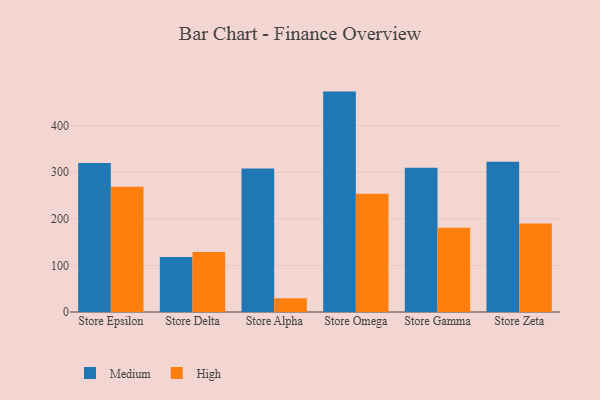
{"axis": {"x": "Store", "y": "Energy Usage (MWh)"}, "legend": ["High", "Medium"], "data": [{"x": "Store Epsilon", "y": 319.6, "type": "Medium"}, {"x": "Store Epsilon", "y": 268.8, "type": "High"}, {"x": "Store Delta", "y": 118.2, "type": "Medium"}, {"x": "Store Delta", "y": 128.8, "type": "High"}, {"x": "Store Alpha", "y": 307.7, "type": "Medium"}, {"x": "Store Alpha", "y": 29.4, "type": "High"}, {"x": "Store Omega", "y": 472.8, "type": "Medium"}, {"x": "Store Omega", "y": 253.6, "type": "High"}, {"x": "Store Gamma", "y": 309.4, "type": "Medium"}, {"x": "Store Gamma", "y": 180.6, "type": "High"}, {"x": "Store Zeta", "y": 322.3, "type": "Medium"}, {"x": "Store Zeta", "y": 190.0, "type": "High"}]}